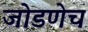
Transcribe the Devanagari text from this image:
जोडणेच